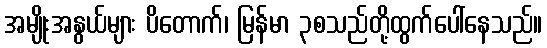
အမျိုးအနွယ်များ ပိတောက်၊ မြန်မာ ၃စသည်တို့ထွက်ပေါ်နေသည်။